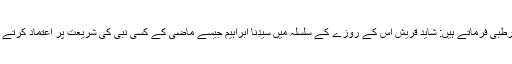
امام قرطبیؒ فرماتے ہیں: شاید قریش اس کے روزے کے سلسلہ میں سیدنا ابراہیمؒ جیسے ماضی کے کسی نبی کی شریعت پر اعتماد کرتے تھے۔